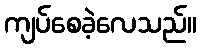
ကျပ်စေခဲ့လေသည်။